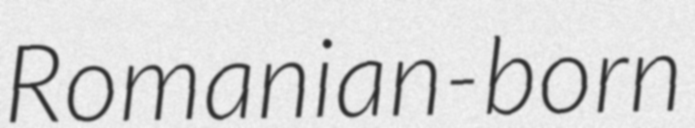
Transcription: Romanian-born